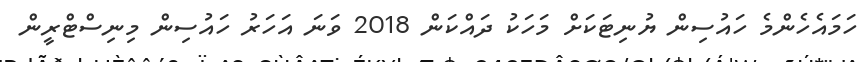
ހަމައެހެންމެ ހައުސިން ޔުނިޓަކަށް މަހަކު ދައްކަން 2018 ވަނަ އަހަރު ހައުސިން މިނިސްޓްރީން